Tartu_pedagoogiumi_aruanded, lk 77
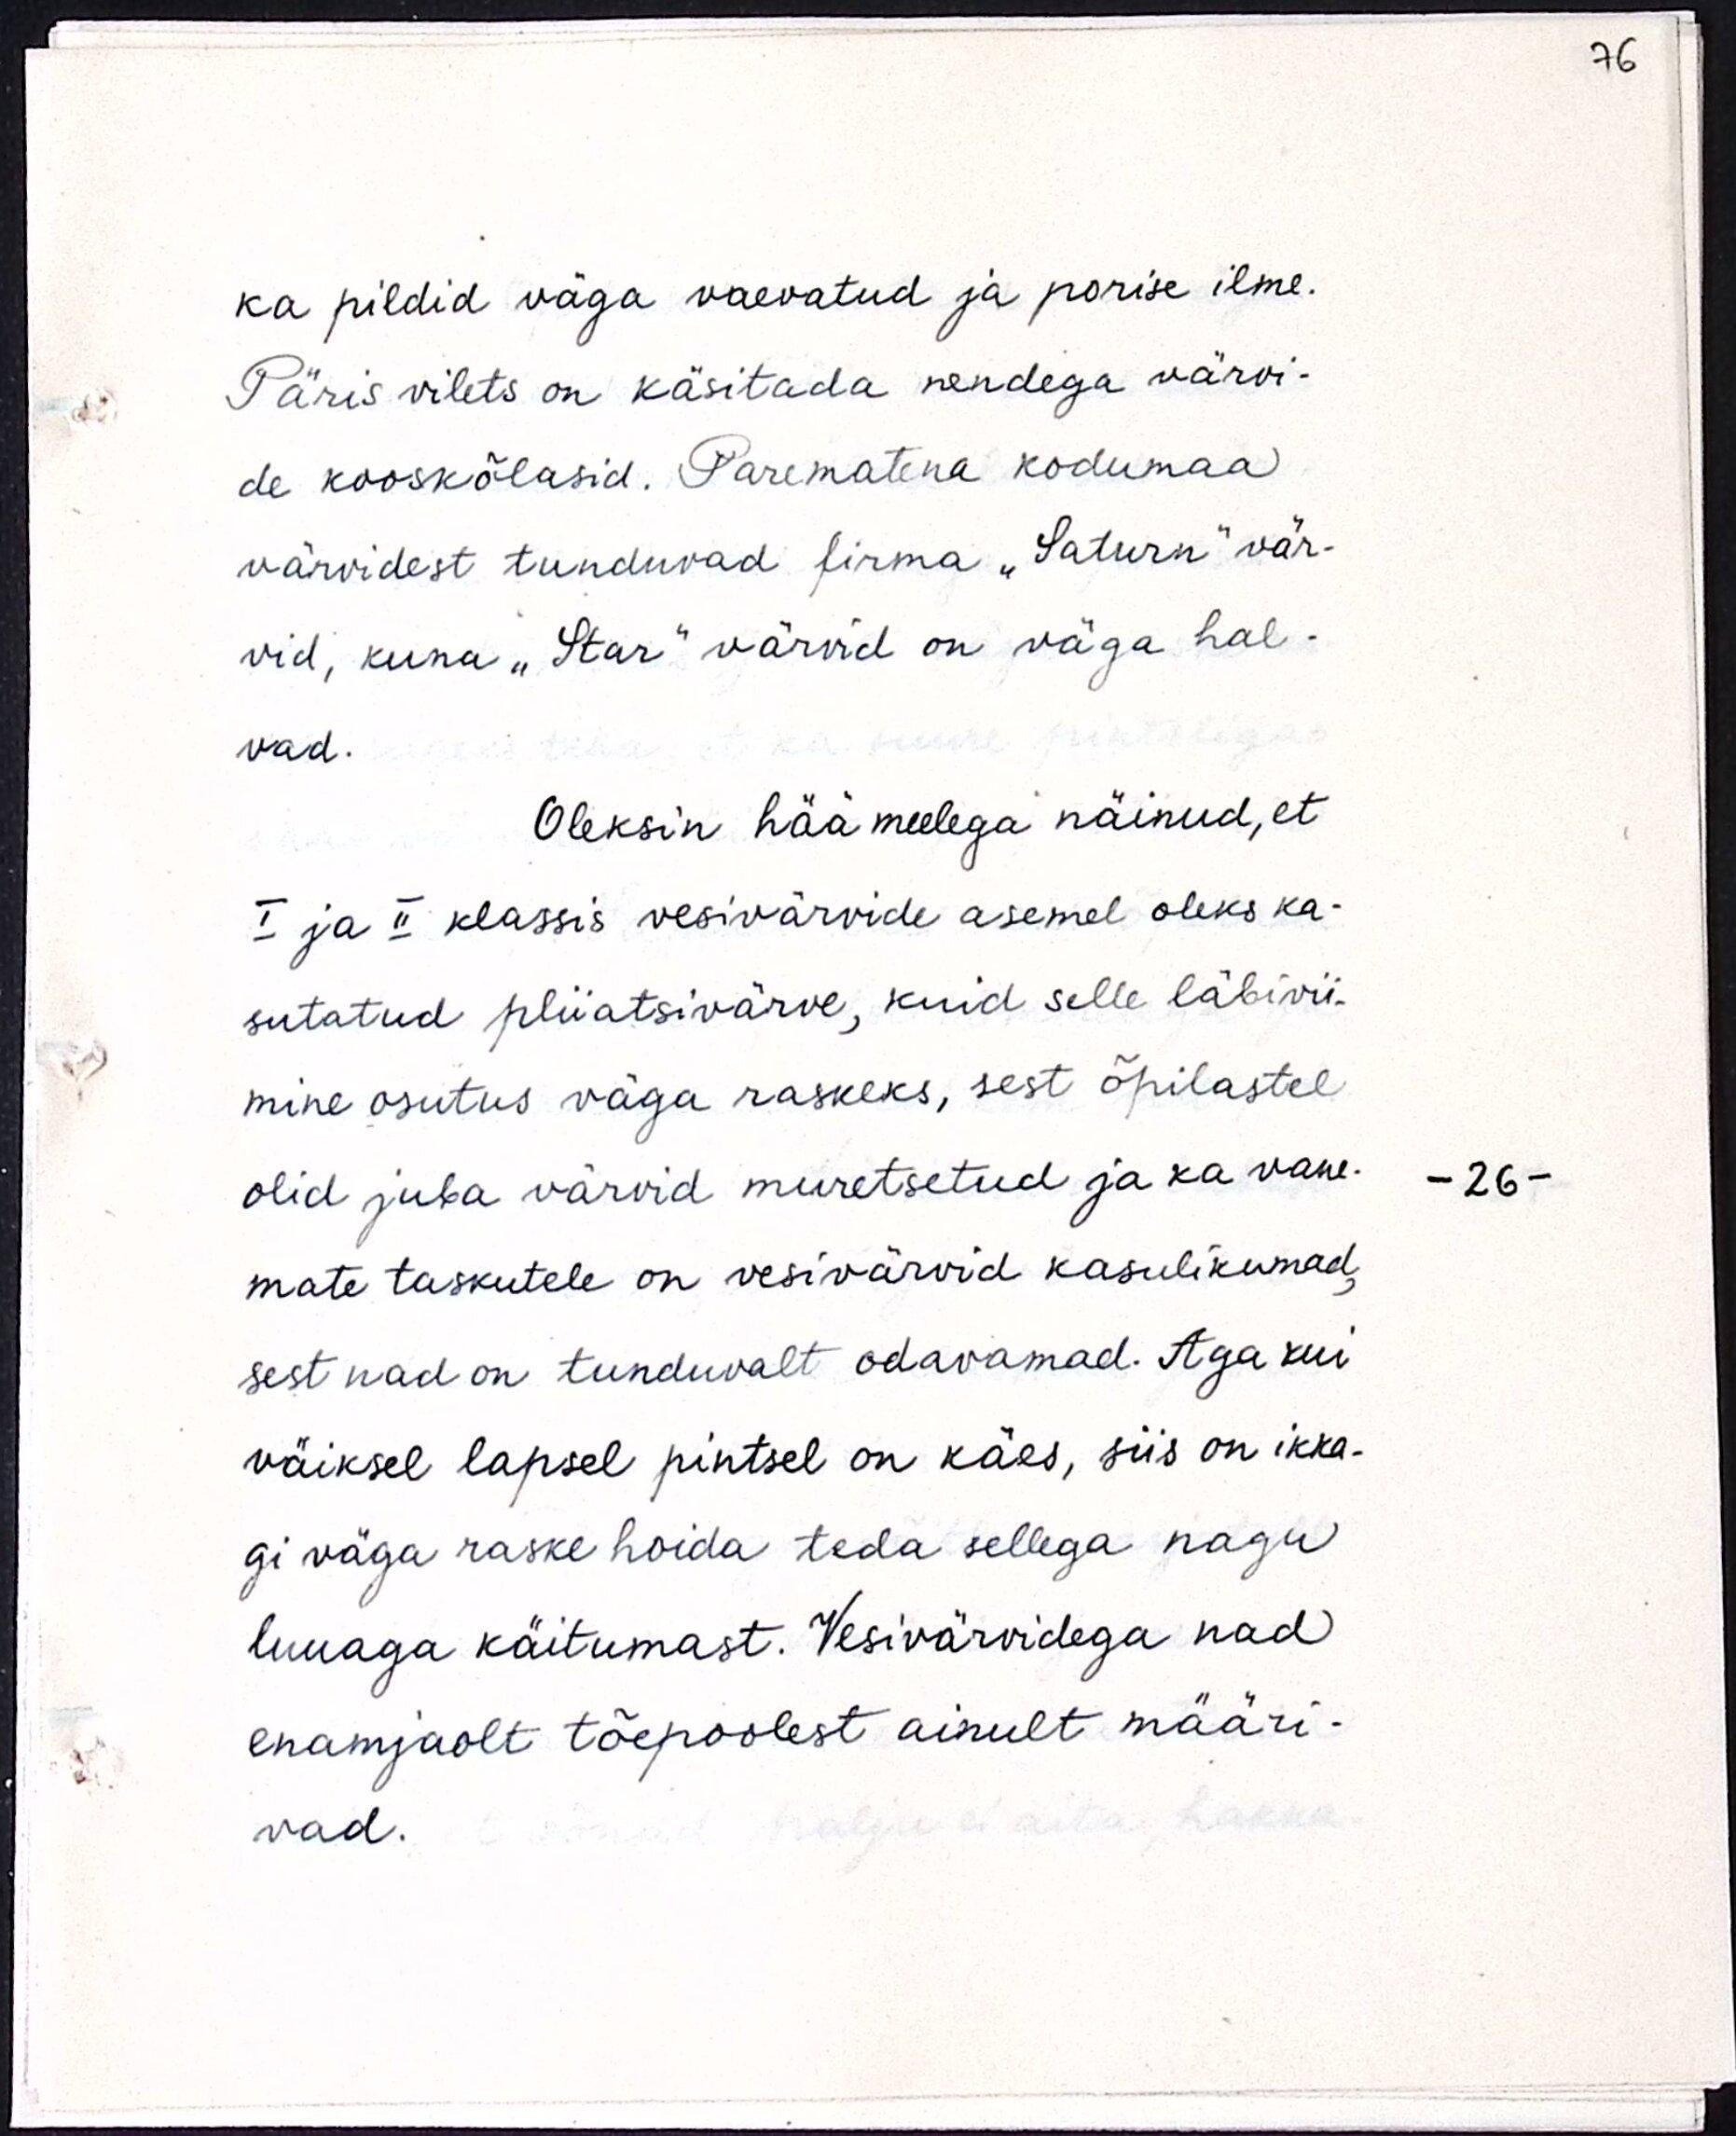
ka pildid väga vaevatud ja porise ilme.
Päris vilets on käsitada nendega värvi-
de kooskõlasid. Parematena kodumaa
värvidest tunduvad firma "Saturn" vär-
vid, kuna "Star" värvid on väga hal-
vad.
Oleksin häämeelega näinud, et
I ja II klassis vesivärvide asemel oleks ka-
sutatud pliiatsivärve, kuid selle läbivii-
mine osutus väga raskeks, sest õpilastel
olid juba värvid muretsetud ja ka vane-
mate taskutele on vesivärvid kasulikumad,
sest nad on tunduvalt odavamad. Aga kui
väiksel lapsel pintsel on käes, siis on ikka-
gi väga raske hoida teda sellega nagu
luuaga käitumast. Vesivärvidega nad
enamjaolt tõepoolest ainult määri-
vad.